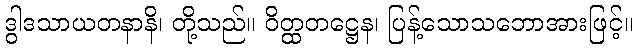
ဒွါဒသာယတနာနိ၊ တို့သည်။ ဝိတ္ထတဋ္ဌေန၊ ပြန့်သောသဘောအားဖြင့်။